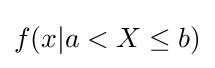
f(x|a<X\leq b)